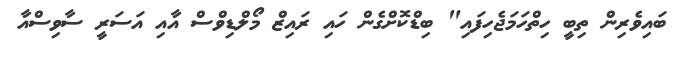
ބައިވެރިން ތިބީ ހިތްހަމަޖެހިފައި" ބިޑްކޮށްގެން ހައި ރައިޒް މޯލްޑިވްސް އާއި އަސަރީ ސާވިސްއާ